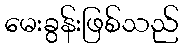
မေးခွန်းဖြစ်သည်